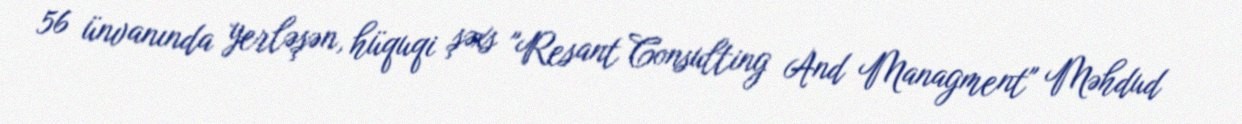
56 ünvanında yerləşən, hüquqi şəxs "Resant Consulting And Managment" Məhdud